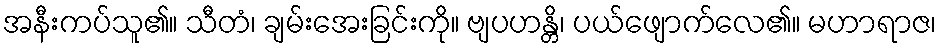
အနီးကပ်သူ၏။ သီတံ၊ ချမ်းအေးခြင်းကို။ ဗျပဟန္တိ၊ ပယ်ဖျောက်လေ၏။ မဟာရာဇ၊